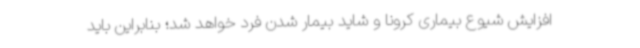
افزایش شیوع بیماری کرونا و شاید بیمار شدن فرد خواهد شد؛ بنابراین باید